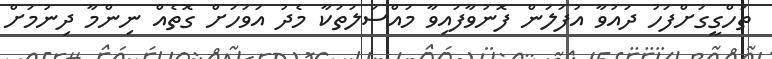
ތަހްގީގަށްފަހު ދައުވާ އުފަލަން ފޮނުވާފައިވާ މައްސަލަތަކާ މެދު އަވަހަށް ގޮތެއް ނިންމާ ދިނުމަށް